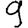
Digit: 9